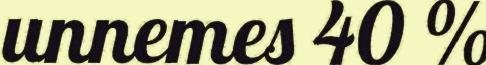
unnemes 40 %